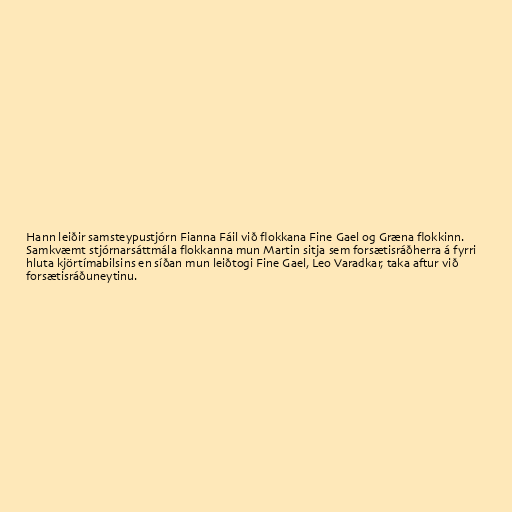
Hann leiðir samsteypustjórn Fianna Fáil við flokkana Fine Gael og Græna flokkinn.
Samkvæmt stjórnarsáttmála flokkanna mun Martin sitja sem forsætisráðherra á fyrri
hluta kjörtímabilsins en síðan mun leiðtogi Fine Gael, Leo Varadkar, taka aftur við
forsætisráðuneytinu.